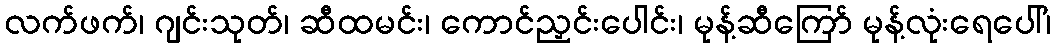
လက်ဖက်၊ ဂျင်းသုတ်၊ ဆီထမင်း၊ ကောင်ညှင်းပေါင်း၊ မုန့်ဆီကြော် မုန့်လုံးရေပေါ်၊